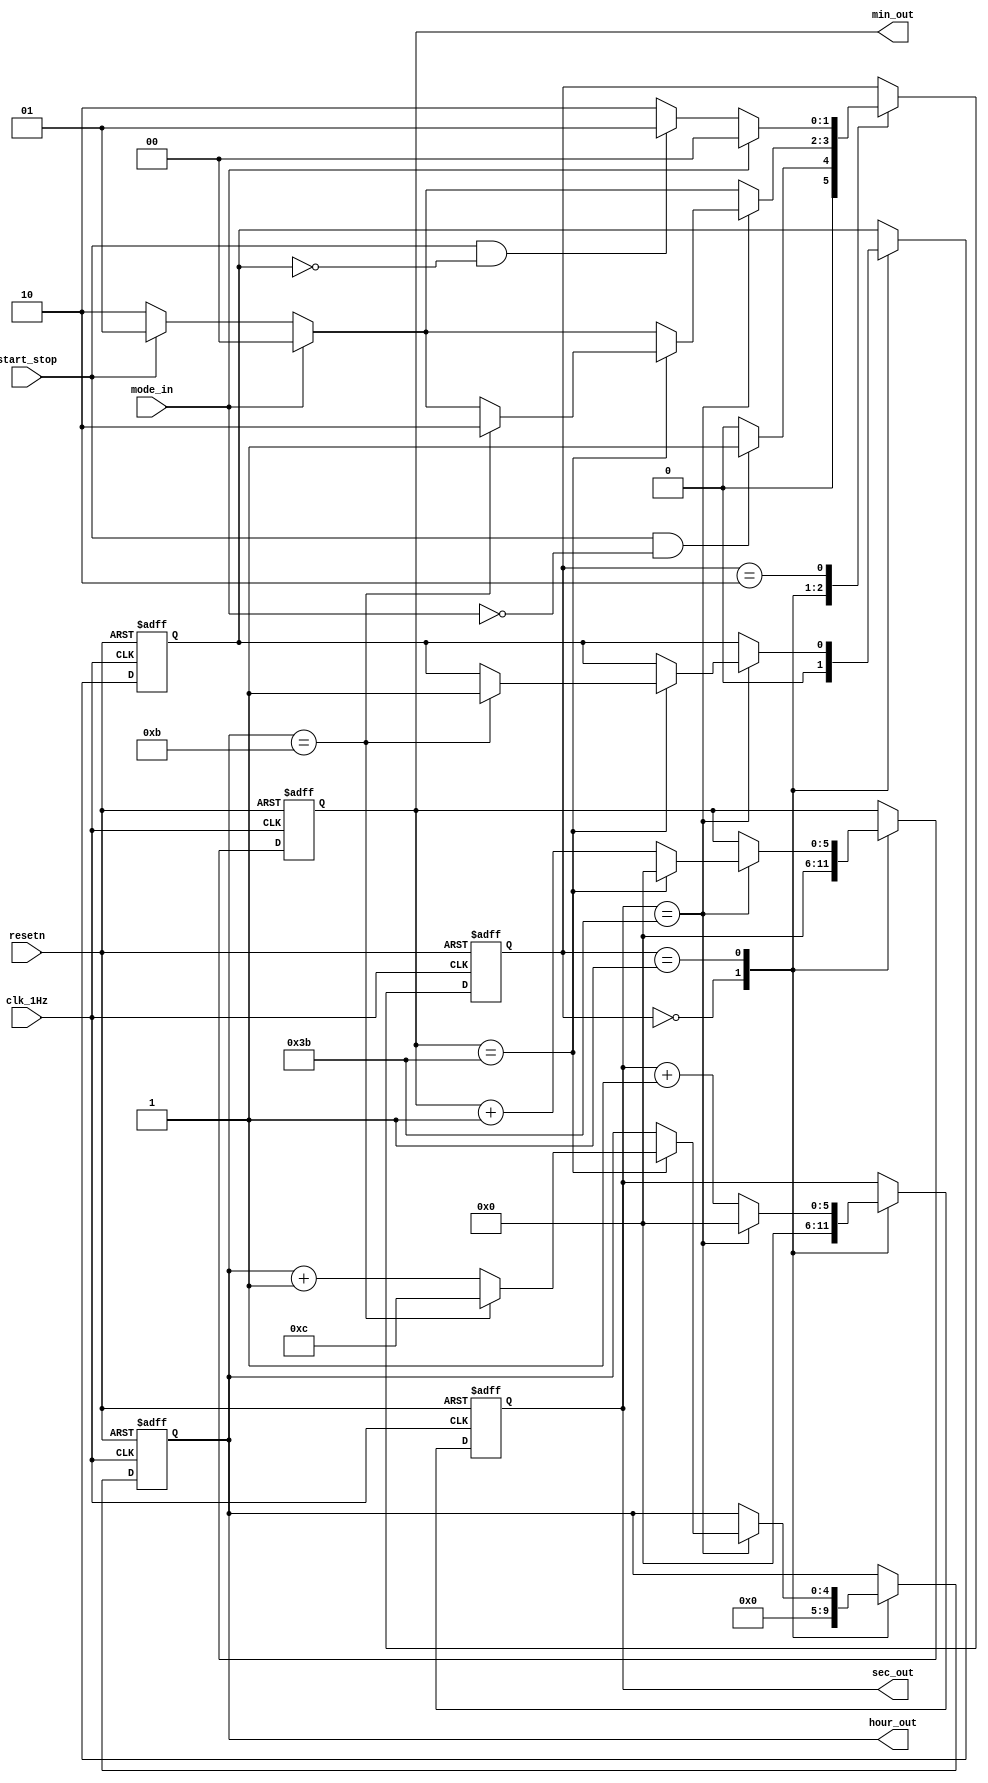
`timescale 1ns / 1ps
//////////////////////////////////////////////////////////////////////////////////
// Company: 
// Engineer: 
// 
// Design Name: 
// Module Name: timer_1
// Project Name: 
// Target Devices: 
// Tool Versions: 
// Description: 
// 
// Dependencies: 
// 
// Revision:
// Revision 0.01 - File Created
// Additional Comments:
// 
//////////////////////////////////////////////////////////////////////////////////


module stopwatch(
    input clk_1Hz, // from clock divider
    input start_stop, // switch
    input mode_in, // switch
    input resetn, // active low (red)
    output [4:0] hour_out, 
    output [5:0] min_out, sec_out
    );
    
    localparam [1:0]
        STATE_IDLE = 2'b00,
        STATE_COUNTUP = 2'b01,
        STATE_PAUSE = 2'b10;
        
    reg [1:0] state_reg, state_next;
    reg [4:0] hour_value_reg, hour_value_next; // goes up to 12 and 24
    reg [5:0] sec_value_reg, sec_value_next, min_value_reg, min_value_next; // goes up to 59
    reg y_reg, y_next;
    // reg x_reg, x_next;
    
    assign hour_out = hour_value_reg; // assigning reg to outputs
    assign min_out = min_value_reg;
    assign sec_out = sec_value_reg;
    
    always@(posedge clk_1Hz or negedge resetn) begin
        if (!resetn) begin
            state_reg <= STATE_IDLE;
            hour_value_reg <= 0;
            min_value_reg <= 0;
            sec_value_reg <= 0;
            //x_reg <= 0;
            y_reg <= 0;
        end else begin 
            state_reg <= state_next;
            hour_value_reg <= hour_value_next;
            min_value_reg <= min_value_next;
            sec_value_reg <= sec_value_next;
            //x_reg <= x_next;
            y_reg <= y_next;
        end
    end 
    
    always@(*) begin
        state_next = state_reg; // required for when no case statement is satisfied
        //x_next = 0;     // to hardcode x to this value if it is not assigned a value in a certain state
        y_next = y_reg; // to remember the value of y  
        hour_value_next = hour_value_reg;
        min_value_next = min_value_reg;
        sec_value_next = sec_value_reg;
        
        case(state_reg) 
            STATE_IDLE:
            begin 
                state_next = STATE_IDLE;
                hour_value_next = 0;
                min_value_next = 0;
                sec_value_next = 0; 
                y_next = 0; // idle state values
                if ((start_stop == 1) & (mode_in == 0)) begin // if start_stop == 1 (stopwatch starts) - has priority over first statement
                    state_next = STATE_COUNTUP;               // if mode_in == 1 this won't work. Need to ensure that mode_in switch is at 0.
                end
            end
            STATE_COUNTUP:
            begin
                state_next = STATE_COUNTUP;
                if (mode_in) begin 
                    state_next = STATE_IDLE; // resets the timer
                end else if (!start_stop) begin
                    state_next = STATE_PAUSE;
                end
                
                if (sec_value_reg == 6'd59) begin
                    sec_value_next = 0;
                    min_value_next = min_value_reg + 1;
                    if (min_value_reg == 6'd59) begin
                        sec_value_next = 0;
                        min_value_next = 0;
                        hour_value_next = hour_value_reg + 1;
                        if (hour_value_reg == 5'd11) begin
                            sec_value_next = 0;
                            min_value_next = 0;
                            hour_value_next = 12; // for 12 hour stopwatch.
                            y_next = 1; // flag - states that the maximum value has been reached.
                            state_next = STATE_PAUSE; // display 'freezes' at 12:00:00 until user resets with mode_in == 1 to exit STATE_PAUSE and enter STATE_IDLE
                                                      // resetting the stopwatch.
                        end
                    end
                end else begin
                    sec_value_next = sec_value_reg + 1;
                end
            end
            STATE_PAUSE:
            begin
                state_next = STATE_PAUSE;
                sec_value_next = sec_value_reg;
                min_value_next = min_value_reg;
                hour_value_next = hour_value_reg;
                
                if (mode_in) begin
                    state_next = STATE_IDLE;
                end else if ((start_stop == 1) & (y_reg == 0)) begin
                    state_next = STATE_COUNTUP;
                end
            end
        endcase
    end
        
endmodule